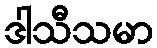
ဒါသီသမာ